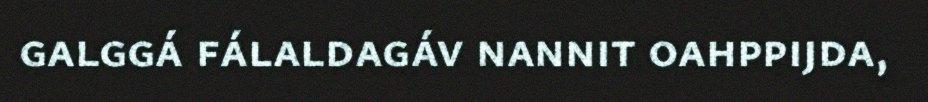
galggá fálaldagáv nannit oahppijda,